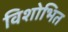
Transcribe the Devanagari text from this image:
विशोभित